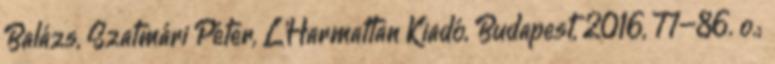
Balázs, Szatmári Péter, L’Harmattan Kiadó, Budapest, 2016, 77–86. o.;